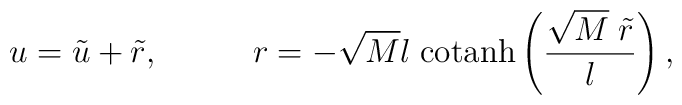
u=\tilde{u}+\tilde{r},\;\;\;\;\;\;\;\;\;\;r=-\sqrt{M}l\;\mbox{cotanh}\left(\frac{\sqrt{M}\;\tilde{r}}{l}\right),